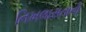
નિખલાસતાનો